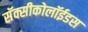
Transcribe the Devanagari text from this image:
सॅक्सीकोलॉईडस